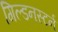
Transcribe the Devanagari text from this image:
गिल्डनस्टर्न